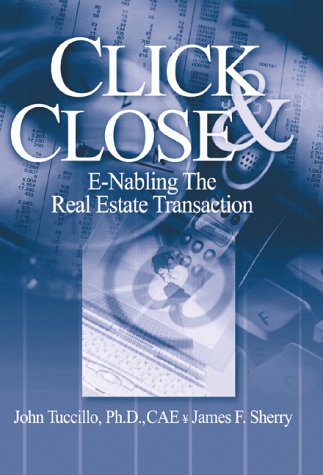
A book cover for Click & Close; John A. Tuccillo; Computers & Technology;